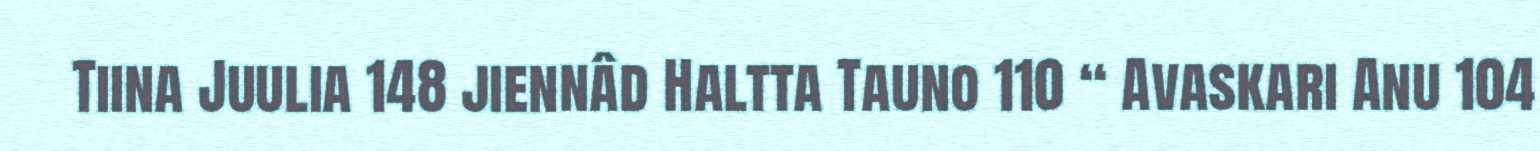
Tiina Juulia 148 jiennâd Haltta Tauno 110 “ Avaskari Anu 104